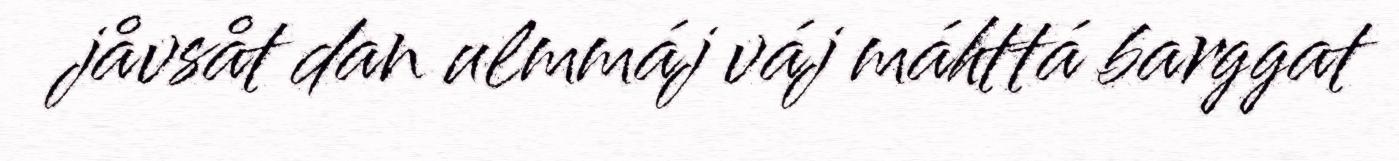
jåvsåt dan ulmmáj váj máhttá barggat